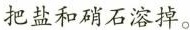
把盐和硝石溶掉。